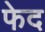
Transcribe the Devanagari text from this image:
फेद